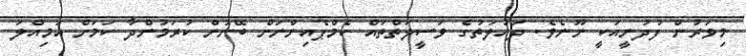
މިވަރުން ފުދުނީއަކީ ނޫނެވެ. ދައުލަތުގެ ވަސީލަތްތައް ކެމްޕެއިންނަށް ބޭނުން ކުރަމުންދާ ކަމަށް އަމިއްލަ